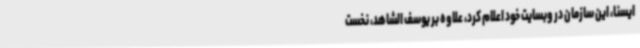
ایسنا، این سازمان در وبسایت خود اعلام کرد، علاوه بر یوسف الشاهد، نخست